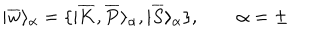
| \overline { { { w } } } \rangle _ { \alpha } = \{ | \overline { { { K } } } , \overline { { { P } } } \rangle _ { \alpha } , | \overline { { { S } } } \rangle _ { \alpha } \} , \qquad \alpha = \pm